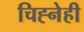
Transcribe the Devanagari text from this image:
चिह्नेही